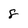
Character: 8